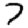
Digit: 7